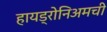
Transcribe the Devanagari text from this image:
हायड्रोनिअमची